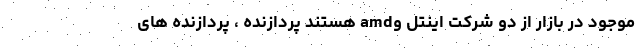
موجود در بازار از دو شرکت اینتل وamd هستند پردازنده ، پردازنده های